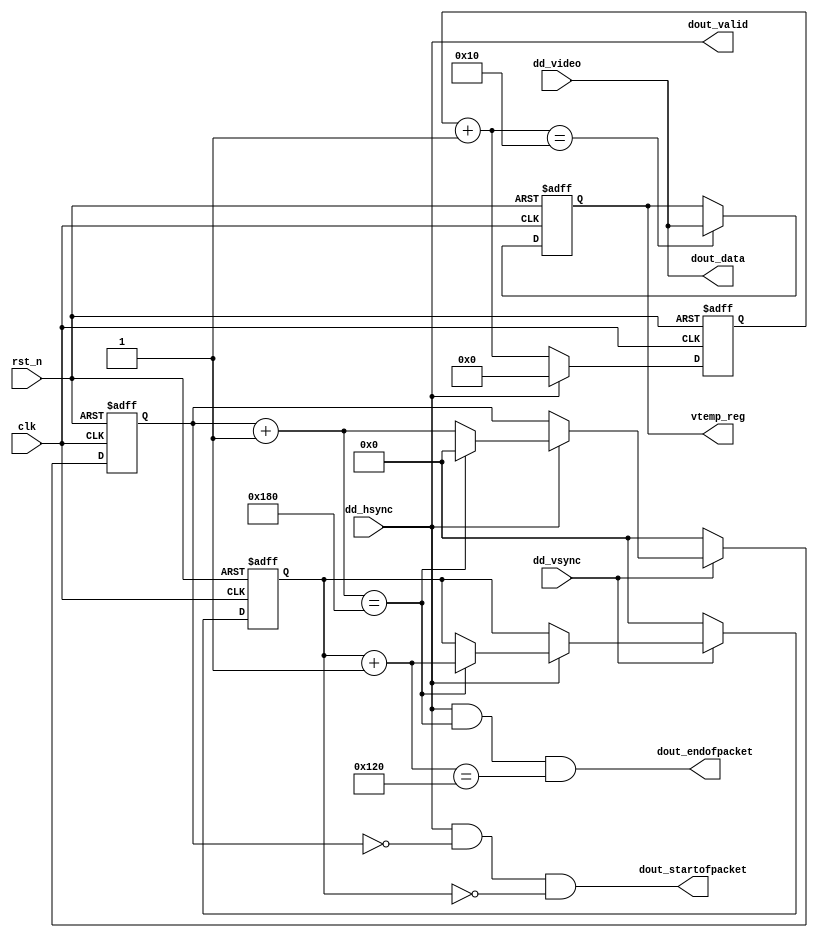
module detector_driver(
	input 				clk,
	input 				rst_n,

	output reg [13:0]	vtemp_reg,
	
	output 				dout_startofpacket,
	output 				dout_endofpacket,
	output 				dout_valid,
	output [13:0]		dout_data,
	
	input 				dd_hsync,
	input 				dd_vsync,
	input [13:0]		dd_video
);

localparam [9:0]	DIS_X			= 10'd384;
localparam [9:0]	DIS_Y			= 10'd288;
localparam [5:0]	VTEMP_POINT	= 6'd16;

reg [5:0]	vtemp_cnt;
wire [5:0]	vtemp_add;
reg [9:0]	video_cnt_x;
reg [9:0]	video_cnt_y;
wire [9:0]	video_add_x;
wire [9:0]	video_add_y;

assign vtemp_add		= vtemp_cnt + 6'd1;
assign video_add_x	= video_cnt_x + 10'd1;
assign video_add_y	= video_cnt_y + 10'd1;

assign dout_data				= dd_video;
assign dout_valid				= dd_hsync;
assign dout_startofpacket	= dd_hsync && video_cnt_x==10'd0 && video_cnt_y==10'd0;
assign dout_endofpacket		= dd_hsync && video_add_x==DIS_X && video_add_y==DIS_Y;

always @(posedge clk or negedge rst_n)
begin
	if (!rst_n)
		vtemp_cnt <= 6'd0;
	else
		vtemp_cnt <= dd_hsync ? 6'd0 : vtemp_add;
end

always @(posedge clk or negedge rst_n)
begin
	if (!rst_n)
		vtemp_reg <= 14'd0;
	else if (vtemp_add == VTEMP_POINT)
		vtemp_reg <= dd_video;
end

always @(posedge clk or negedge rst_n)
begin
	if (!rst_n) begin
		video_cnt_x <= 10'd0;
		video_cnt_y <= 10'd0;
	end
	else if (dd_vsync) begin
		if (dd_hsync) begin
			if (video_add_x == DIS_X) begin
				video_cnt_x <= 10'd0;
				video_cnt_y <= video_add_y;
			end
			else begin
				video_cnt_x <= video_add_x;
				video_cnt_y <= video_cnt_y;	
			end
		end
	end
	else begin
		video_cnt_x <= 10'd0;
		video_cnt_y <= 10'd0;	
	end
end

endmodule